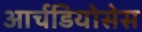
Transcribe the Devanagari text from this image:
आर्चडियोसेस